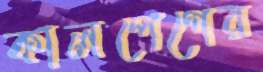
কালপেগের